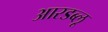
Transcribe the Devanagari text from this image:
आरडब्लू